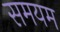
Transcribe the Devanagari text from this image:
समयम